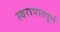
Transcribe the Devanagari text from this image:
स्वराघातपूर्ण